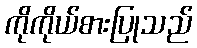
ကိုကိုယ်စားပြုသည်